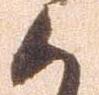
候